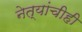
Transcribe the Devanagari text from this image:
नेत्यांचीही